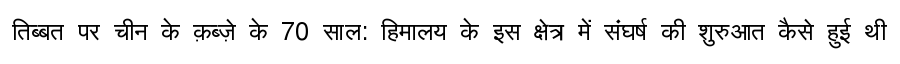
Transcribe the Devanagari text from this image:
तिब्बत पर चीन के क़ब्ज़े के 70 साल: हिमालय के इस क्षेत्र में संघर्ष की शुरुआत कैसे हुई थी